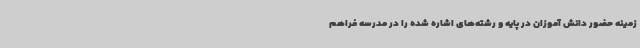
زمینه حضور دانش آموزان در پایه و رشته‌های اشاره شده را در مدرسه فراهم